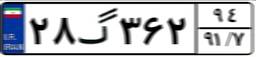
۲۸گ۳۶۲۹۴